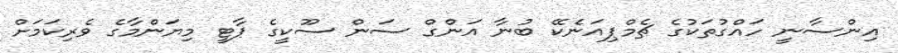
އިންސާނީ ހައްގުތަކުގެ ޗެމްޕިއަނެކޭ ބުނާ އަންގް ސަން ސޫކީގެ ޕާޓީ މިޔަންމާގެ ވެރިކަމަށް